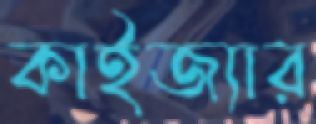
কাইজ্যার